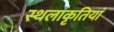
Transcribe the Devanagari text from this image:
स्थलाकृतियां